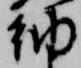
納